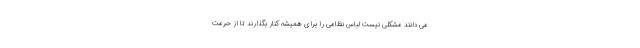
می دانند مشکلی نیست لباس نظامی را برای همیشه کنار بگذارند تا از حرمت